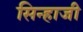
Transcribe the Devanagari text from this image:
सिन्हाजी